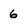
Character: 6